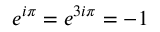
e ^ { i \pi } = e ^ { 3 i \pi } = - 1